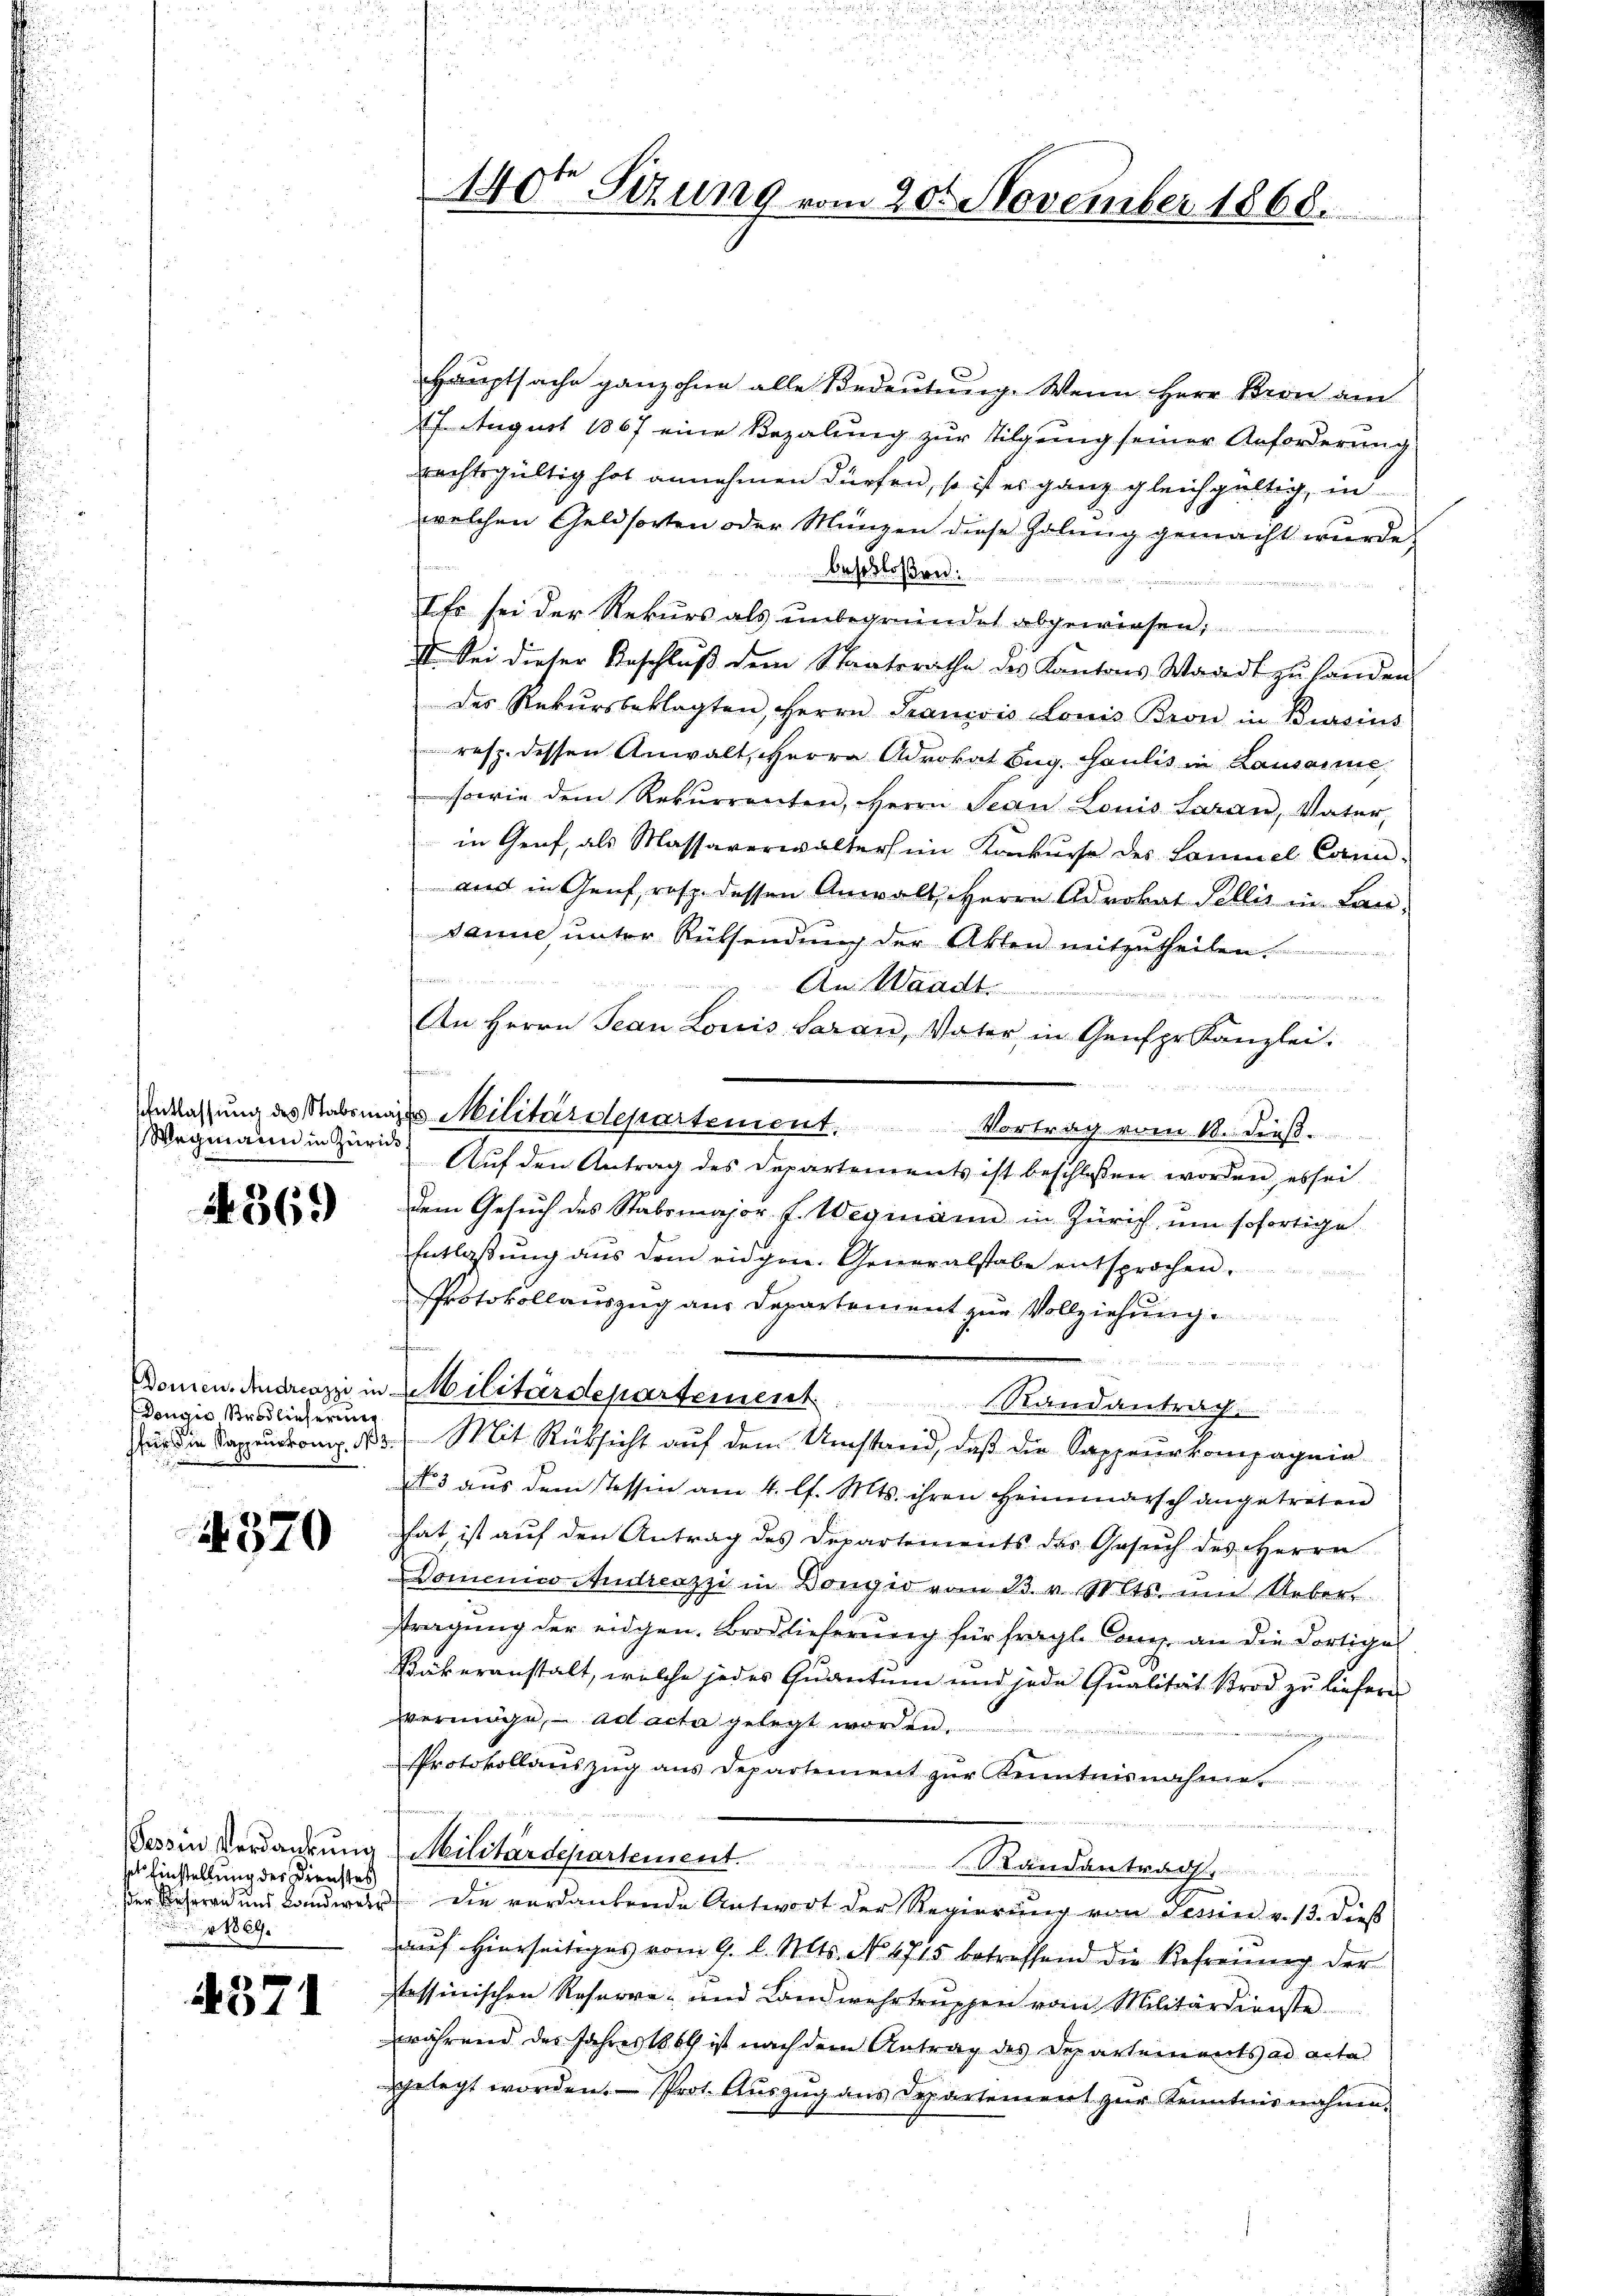
Wegmann in Zürich

4369

Dongir Brodlieferung

4370

Tessin Verdankung
sel Einstellung der Dienstes
r 1889.

4371

140ten Sizung vom 20. November 1868.

Hauptsache ganz ohne alle Bedeutung. Wenn Herr Kern am
17. August 1867 eine Bezalung zur Tilgung seiner Anforderung
rechtsgültig hat annehmen dürfen, so ist es ganz gleichgültig, in
welchen Geldsorten oder Münzen diese Holung gemacht wurde.
Beschloßen
Ihr sei der Rekurs als unbegründet abgewiesen;
II. Sei dieser Beschlŭβ dem Staatsrathe des Kantons Waadt zŭ handen.
des Rekursbeklagten, Herrn Francois Louis Bron in Bereins
resp. dessen Anwalt, Herrn Advokat Bug. Paulis in Lausanne,
sowie dem Rekurrenten, Herrn Sean Louis Saran, Vater,
in Genf, als Massaverwalters im Konkurse des Landel Cann-
and in Genf, resp. dessen Anwalt, Herrn Advokat Pellis in Lansanne, ŭnter Rücksendŭng der Akten mitzutheilen.
fnen
An Waadt.
een einen und einen wolles schen nach
An Herrn Jean Louis Saran, Vater, in Genfpr. Kanzlei.
Entlassung des Stabsmass Militärdepartement. Vortrag vom 10. dieß.
Auf den Antrag des Departements ist beschlossen worden, es sei.
dem Gesuch des Stabsmajor J. Wegmann in Zürich, um sofortige
Entlaßung aus dem eidgen. Generalstabe entsprochen.
Protokollauszug aus Departement zur Vollziehung
.
Domen. Medizi in Militärdepartement Randantrag
r die Sapeudrung. 13. Mit Rücksicht auf dem Umstand, daß die Sappeurkompagnie
No 3 aŭs dem Tessin am 4. l. Mts. ihren Heimmarsch angetreten
hat, ist auf den Antrag des Departements das Gesuch des Herrn
DDomenico Andreazzi in Dongio vom 23. v. Mts ŭm Ueber
stragung der eidgen. Broslieferŭng für fragl. Canz, an die dortige
Bäkeranstalt, welche jedes Quantum und jede Qualität strod zu liefern
vermöge, ad acta gelegt worden.
Protokollauszug aus Departement zur Kenntnisnahme

Militärdepartement. Randantrage
der Beherrn und Landwert die verdankende Antwort der Regierung von Semin v. 13. dieß
auf hierseitiges vom 9. l. Mts. No. 1715 betreffend die Befreinung der
Passinischen Reserve- und Landwehrtrŭppen vom Militärdienste
während des Jahres 1869 ist nach dem Antrag des Departements ad acta
ggelegt worden. Prot. Aŭszŭg ans Departement zur Kenntnisnahmen.